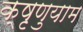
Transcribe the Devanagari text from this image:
क्षृणुयाम